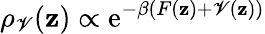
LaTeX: \rho_{\mathscr{V}}(\mathbf{{z}})\propto\operatorname{e}^{-\beta(F(\mathbf{{z}})+\mathscr{V}(\mathbf{{z}}))}